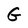
Character: G